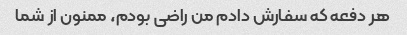
هر دفعه که سفارش دادم من راضی بودم، ممنون از شما